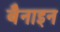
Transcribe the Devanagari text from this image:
बैनाइन